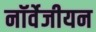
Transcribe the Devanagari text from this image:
नॉर्वेजीयन